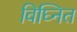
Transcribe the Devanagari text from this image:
विघ्नित